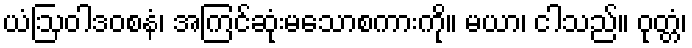
ယံဩဝါဒဝစနံ၊ အကြင်ဆုံးမသောစကားကို။ မယာ၊ ငါသည်။ ဝုတ္တံ၊